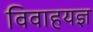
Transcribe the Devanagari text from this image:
विवाहयज्ञ